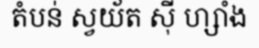
តំបន់ ស្វយ័ត ស៊ី ហ្សាំង